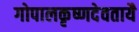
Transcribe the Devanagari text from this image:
गोपालकृष्णदेवतायै